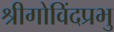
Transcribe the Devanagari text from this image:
श्रीगोविंदप्रभु